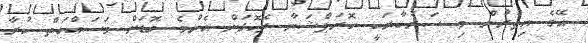
އޭގެ އިތުރުން މި ސަރުކާރަކީ ކޮރަޕްޝަނާ ދެކޮޅަށް އެންމެ ބޮޑަށް މަސައްކަތް ކުރާ